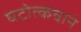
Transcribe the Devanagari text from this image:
घटोत्कचाने